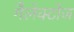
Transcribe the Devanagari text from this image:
गैलेक्टोज